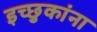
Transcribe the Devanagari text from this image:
इच्छुकांना